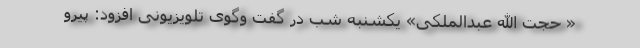
« حجت الله عبدالملکی» یکشنبه شب در گفت وگوی تلویزیونی افزود: پیرو